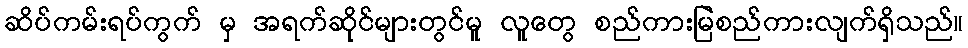
ဆိပ်ကမ်းရပ်ကွက် မှ အရက်ဆိုင်များတွင်မူ လူတွေ စည်ကားမြဲစည်ကားလျက်ရှိသည်။